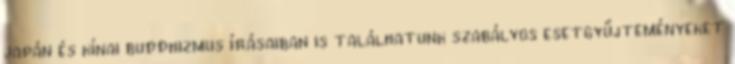
japán és kínai buddhizmus írásaiban is találhatunk szabályos esetgyűjteményeket